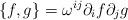
LaTeX: \begin{align*}\{f,g\} = \omega^{ij}\partial_{i}f\partial_{j}g\end{align*}